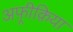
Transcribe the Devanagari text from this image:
अफ़्रीक़िया